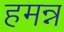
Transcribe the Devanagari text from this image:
हमन्न